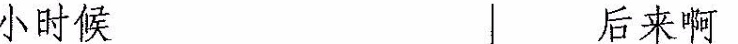
小时候 后来啊